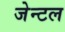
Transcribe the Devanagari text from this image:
जेन्टल